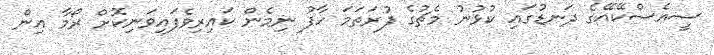
ސީއެސްކޭއޭގެ ދަނޑުގައި ކުޅުނު މެޗުގެ ފުރަތަމަ ހާފު ނިމެން ކައިރިވެފައިވަނިކޮށް ރޯމާ އިން